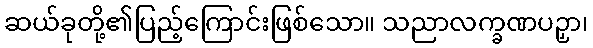
ဆယ်ခုတို့၏ပြည့်ကြောင်းဖြစ်သော။ သညာလက္ခဏပဉှာ၊